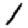
Digit: 1